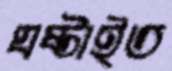
ঘষ্‌টাইত